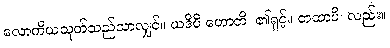
လောကိယသုတ်သည်သာလျှင်။ ယဒိပိ ဟောတိ၊ ၏ရှင့်။ တထာပိ၊ လည်း။